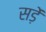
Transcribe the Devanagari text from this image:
सड़ें